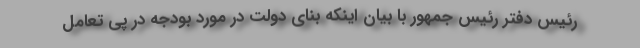
رئیس دفتر رئیس جمهور با بیان اینکه بنای دولت در مورد بودجه در پی تعامل